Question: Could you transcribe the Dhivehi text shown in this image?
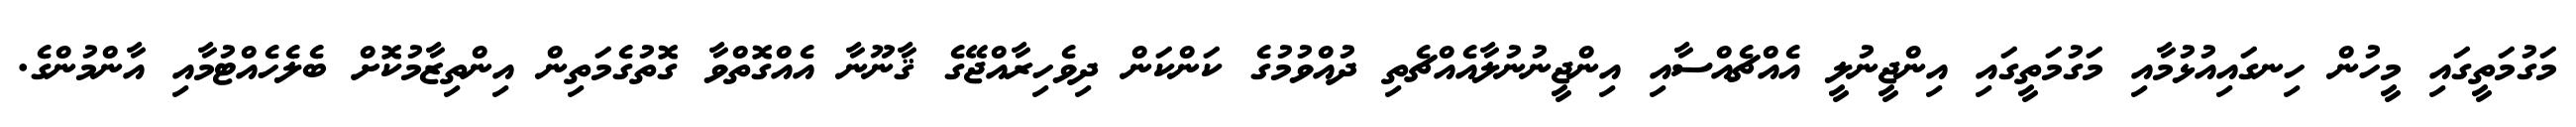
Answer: މަގުމަތީގައި މީހުން ހިނގައިއުޅުމާއި މަގުމަތީގައި އިންޖީނުލީ އެއްޗެއްސާއި އިންޖީނުނުލާއެއްޗެތި ދުއްވުމުގެ ކަންކަން ދިވެހިރާއްޖޭގެ ޤާނޫނާ އެއްގޮތްވާ ގޮތުގެމަތިން އިންތިޒާމުކޮށް ބެލެހެއްޓުމާއި އާންމުންގެ.